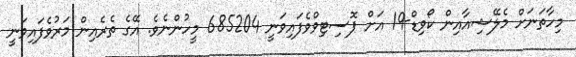
މިހާތަނަށް މެލޭޝިއާއިން ކޯވިޑް-19 އަށް ޕޮސިޓިވްވެފައިވަނީ 685204 މީހުންނެވެ. އޭގެ ތެރެއިން މަރުވެފައިވަނީ